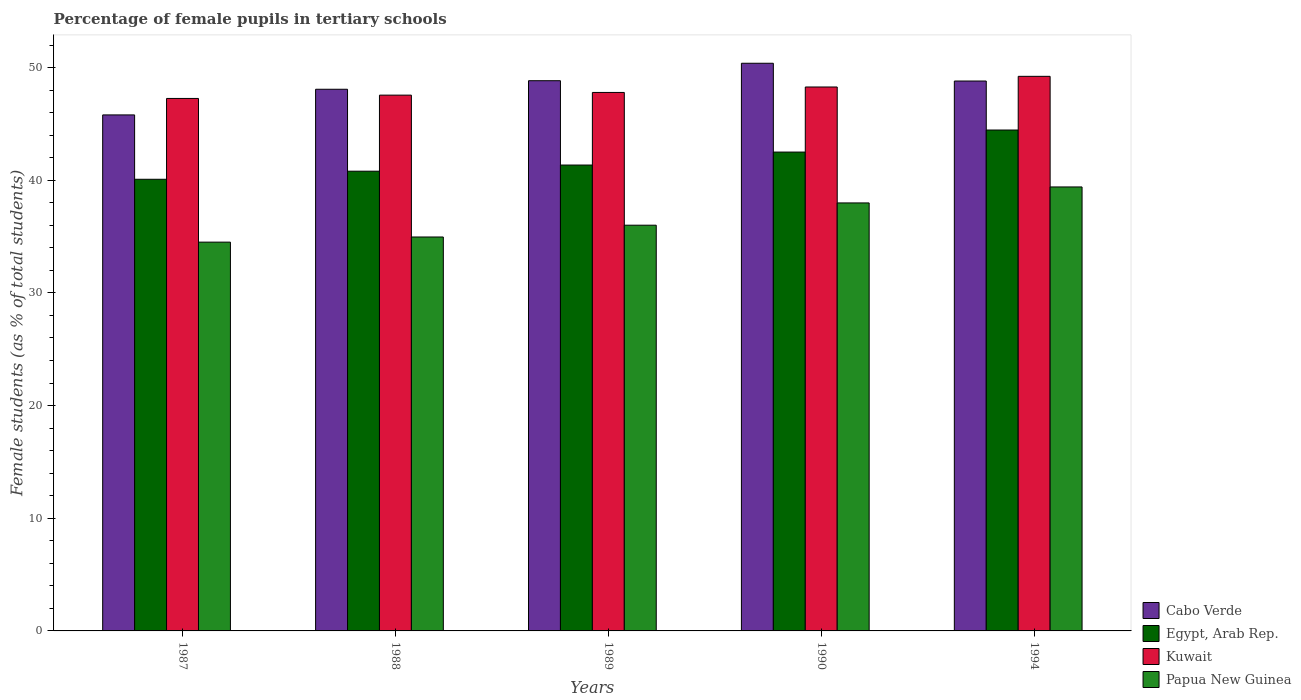
| Years | Cabo Verde | Egypt, Arab Rep. | Kuwait | Papua New Guinea |
 | --- | --- | --- | --- | --- |
 | 1987 | 45.8 | 40.1 | 47.3 | 34.5 |
 | 1988 | 48.1 | 40.8 | 47.6 | 35 |
 | 1989 | 48.8 | 41.3 | 47.8 | 36 |
 | 1990 | 50.4 | 42.5 | 48.3 | 38 |
 | 1994 | 48.8 | 44.5 | 49.2 | 39.4 |